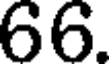
66.